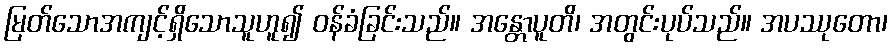
မြတ်သောအကျင့်ရှိသောသူဟူ၍ ဝန်ခံခြင်းသည်။ အန္တောပူတိ၊ အတွင်းပုပ်သည်။ အပဿုတော၊